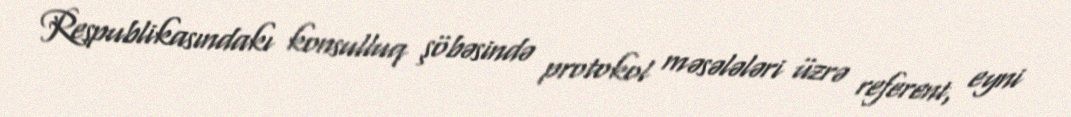
Respublikasındakı konsulluq şöbəsində protokol məsələləri üzrə referent, eyni